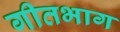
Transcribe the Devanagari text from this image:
गीतभाग